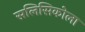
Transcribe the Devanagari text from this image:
सलिसिकोला